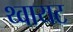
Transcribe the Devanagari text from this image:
थ्वायट